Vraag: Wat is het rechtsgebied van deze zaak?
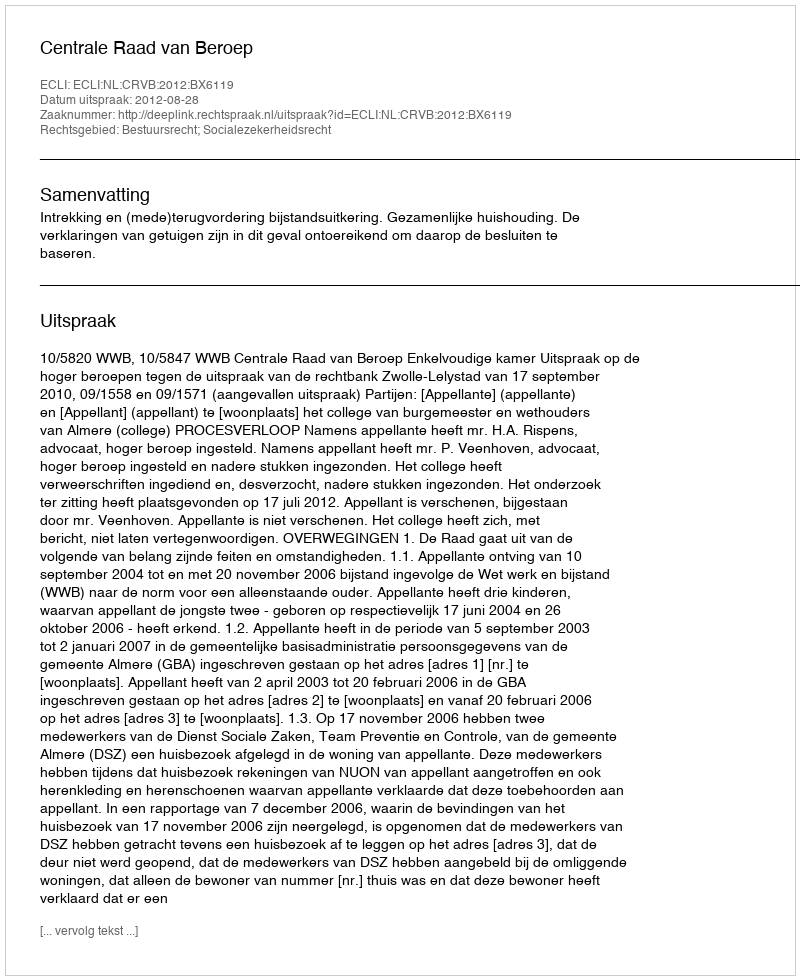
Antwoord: Bestuursrecht; Socialezekerheidsrecht